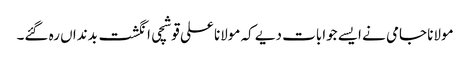
مولانا جامی نے ایسے جوابات دیے کہ مولانا علی قوشچی انگشت بدنداں رہ گئے۔